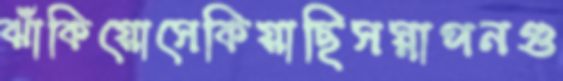
ঝাঁকিয়োসেকিয়াছিসস্নাপনগু